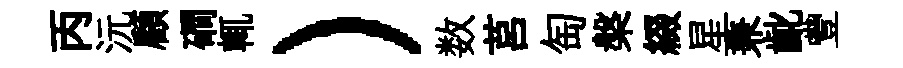
丙沅顧磵輒）数莒匋槃綴星兼齔豐